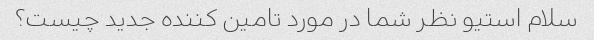
سلام استیو نظر شما در مورد تامین کننده جدید چیست؟